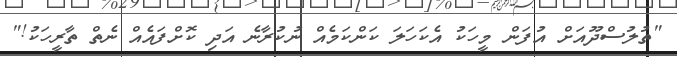
"ތުލުސްދޫއަށް އުފަން މީހަކު އެކަހަލަ ކަންކަމެއް ނުކުރާނެ އަދި ކޮށްފައެއް ނެތް ތާރީހަކު!"